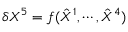
\delta { X } ^ { 5 } = f ( \hat { X } ^ { 1 } , \cdots , \hat { X } ^ { 4 } )